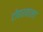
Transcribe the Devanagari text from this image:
टोहरवाला